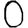
Digit: 0